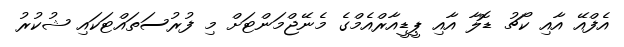
އެފްއޭ އާއި ކޯޗު ޑޮލާ އާއި ޕީޑީއާރްއެމްގެ މެނޭޖްމަންޓަށް މި ފުރުސަތައްޓަކައި ޝުކުރު